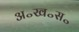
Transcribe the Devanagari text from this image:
अ॰ख॰स॰